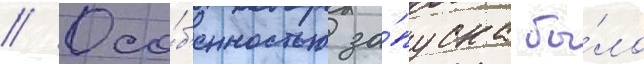
// Осо́б'енностью за́пуска бы́ло